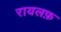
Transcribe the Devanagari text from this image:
रायलफ़